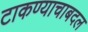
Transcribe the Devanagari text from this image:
टाकण्याचाबदल